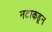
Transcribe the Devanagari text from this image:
नटाकडून